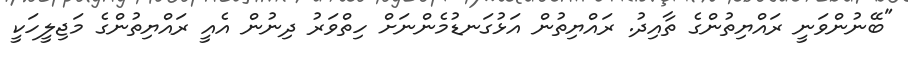
"ބޭނުންވަނީ ރައްޔިތުންގެ ތާއިދު. ރައްޔިތުން އަޅުގަނޑުމެންނަށް ހިތްވަރު ދިނުން އެއީ ރައްޔިތުންގެ މަޖިލީހަކީ